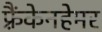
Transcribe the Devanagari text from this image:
फ़्रैंकेनहेमर